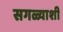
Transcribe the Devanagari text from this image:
सगळ्याशी